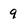
Character: 9